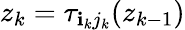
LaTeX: z_{k}=\tau_{\mathbf{i}_{k}j_{k}}(z_{k-1})